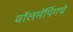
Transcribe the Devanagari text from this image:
वॉलमॅपिंगचे